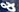
&